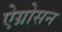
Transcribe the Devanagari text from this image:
ऐग्रोसन